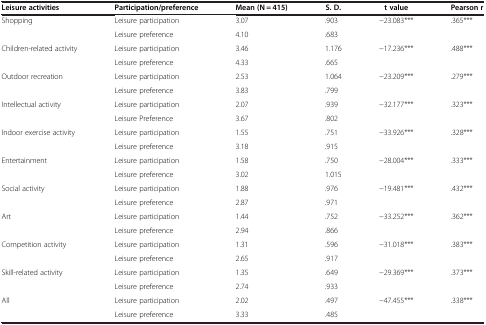
| Leisure activities | Participation/preference | Mean (N = 415) | S. D. | t value | Pearson r |
 | --- | --- | --- | --- | --- | --- |
 | <ROWSPAN=2> Shopping | Leisure participation | 3.07 | .903 | <ROWSPAN=2> −23.083*** | <ROWSPAN=2> .365*** |
 | Leisure preference | 4.10 | .683 |
 | <ROWSPAN=2> Children-related activity | Leisure participation | 3.46 | 1.176 | <ROWSPAN=2> −17.236*** | <ROWSPAN=2> .488*** |
 | Leisure preference | 4.33 | .665 |
 | <ROWSPAN=2> Outdoor recreation | Leisure participation | 2.53 | 1.064 | <ROWSPAN=2> −23.209*** | <ROWSPAN=2> .279*** |
 | Leisure preference | 3.83 | .799 |
 | <ROWSPAN=2> Intellectual activity | Leisure participation | 2.07 | .939 | <ROWSPAN=2> −32.177*** | <ROWSPAN=2> .323*** |
 | Leisure Preference | 3.67 | .802 |
 | <ROWSPAN=2> Indoor exercise activity | Leisure participation | 1.55 | .751 | <ROWSPAN=2> −33.926*** | <ROWSPAN=2> .328*** |
 | Leisure preference | 3.18 | .915 |
 | <ROWSPAN=2> Entertainment | Leisure participation | 1.58 | .750 | <ROWSPAN=2> −28.004*** | <ROWSPAN=2> .333*** |
 | Leisure preference | 3.02 | 1.015 |
 | <ROWSPAN=2> Social activity | Leisure participation | 1.88 | .976 | <ROWSPAN=2> −19.481*** | <ROWSPAN=2> .432*** |
 | Leisure preference | 2.87 | .971 |
 | <ROWSPAN=2> Art | Leisure participation | 1.44 | .752 | <ROWSPAN=2> −33.252*** | <ROWSPAN=2> .362*** |
 | Leisure preference | 2.94 | .866 |
 | <ROWSPAN=2> Competition activity | Leisure participation | 1.31 | .596 | <ROWSPAN=2> −31.018*** | <ROWSPAN=2> .383*** |
 | Leisure preference | 2.65 | .917 |
 | <ROWSPAN=2> Skill-related activity | Leisure participation | 1.35 | .649 | <ROWSPAN=2> −29.369*** | <ROWSPAN=2> .373*** |
 | Leisure preference | 2.74 | .933 |
 | All | Leisure participation | 2.02 | .497 | −47.455*** | .338*** |
 |  | Leisure preference | 3.33 | .485 |  |  |